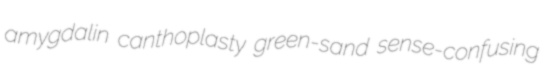
amygdalin canthoplasty green-sand sense-confusing